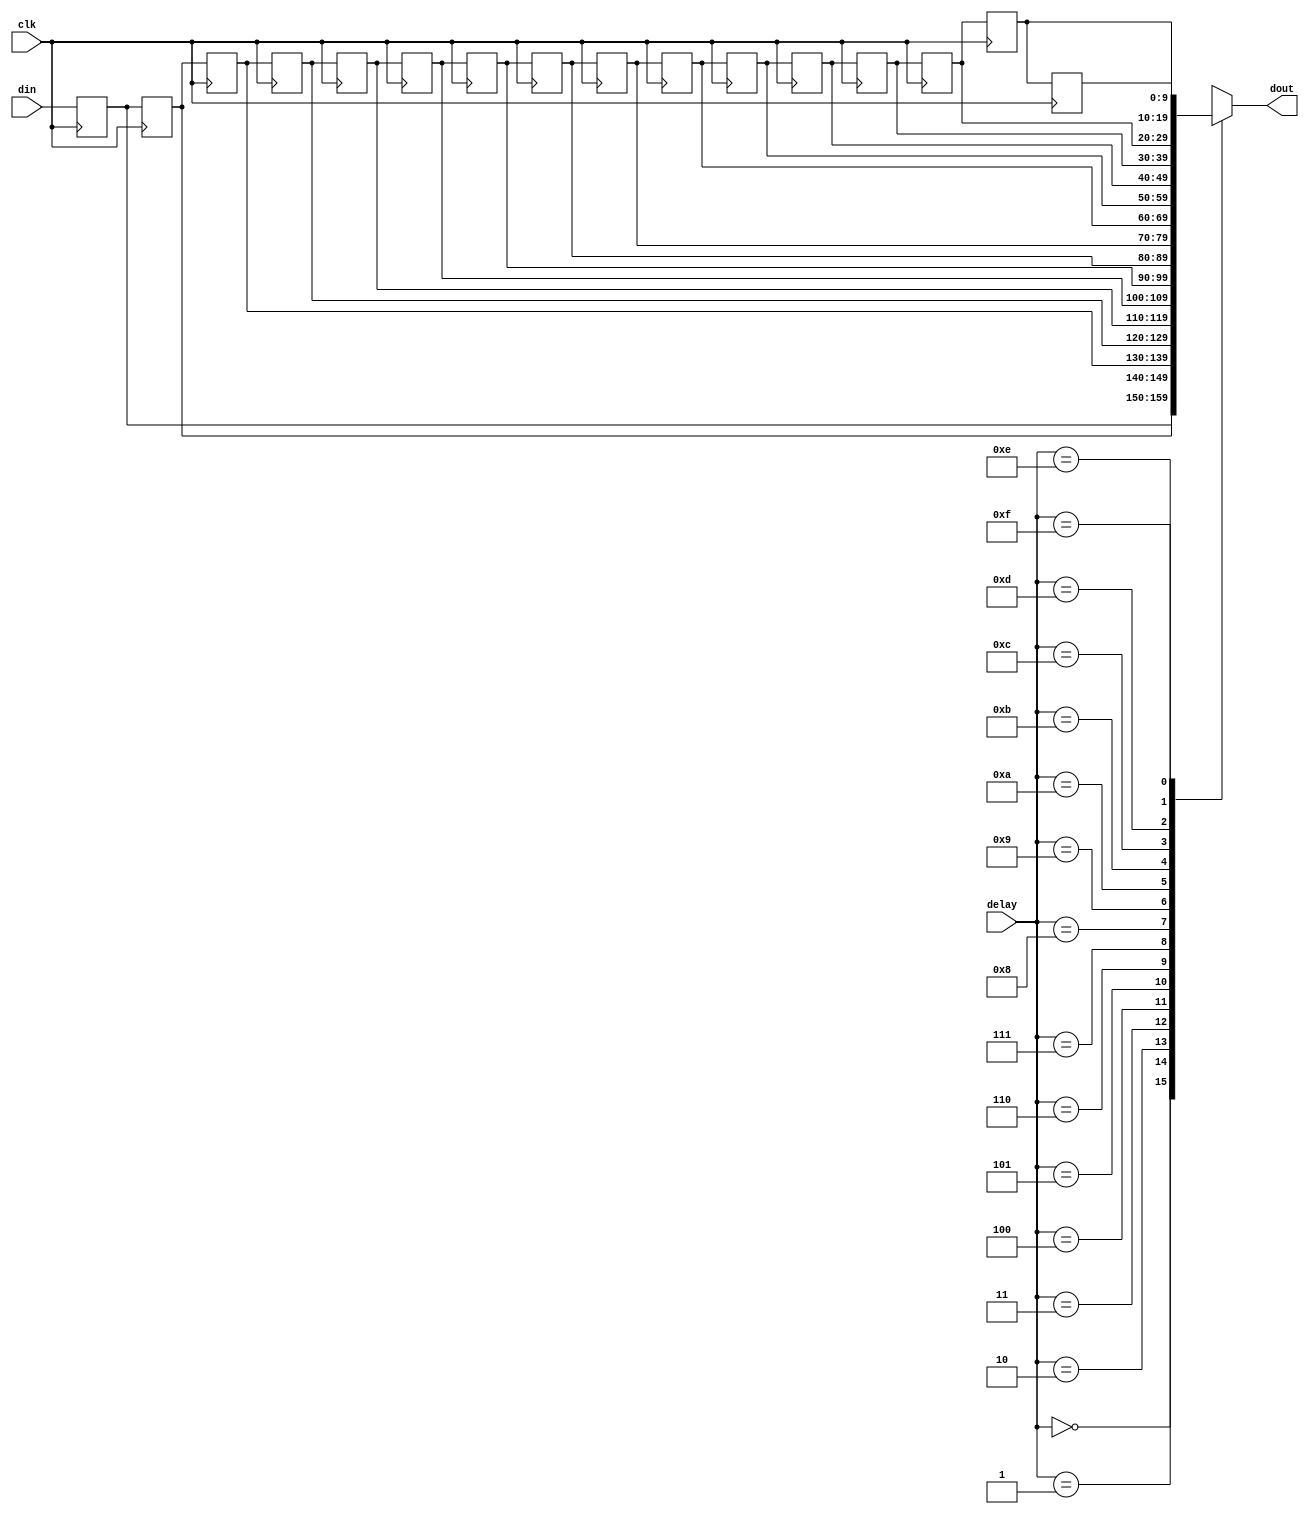
// Generated by MyHDL 0.9dev


`timescale 1ns/10ps

module m_delay_line_w10 (
    clk,
    delay,
    din,
    dout
);


input clk;
input [3:0] delay;
input [9:0] din;
output [9:0] dout;
wire [9:0] dout;


reg [9:0] dline [0:16-1];




always @(posedge clk) begin: M_DELAY_LINE_W10_RTL
    integer ii;
    dline[0] <= din;
    for (ii=1; ii<16; ii=ii+1) begin
        dline[ii] <= dline[(ii - 1)];
    end
end



assign dout = dline[delay];

endmodule